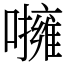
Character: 𡃵